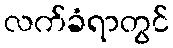
လက်ခံရာတွင်